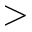
>